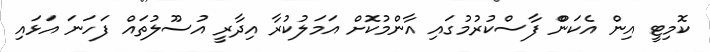
ކޮމިޓީ އިން އެކަންް ފާސްކުރުމުގައި އާންމުކޮށް އަމަލުކުރާ އިދާރީ އުސޫލުތައް ފަހަނަ އަޅައި